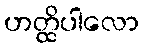
ဟတ္ထိပါလော